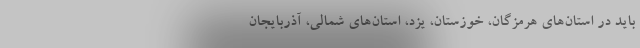
باید در استان‌های هرمزگان، خوزستان، یزد، استان‌های شمالی، آذربایجان